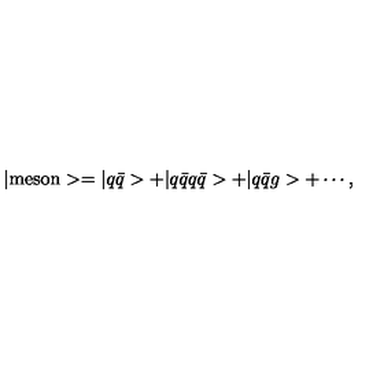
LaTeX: | \mathrm { m e s o n } > = | q \bar { q } > + | q \bar { q } q \bar { q } > + | q \bar { q } g > + \cdots ,